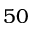
5 0